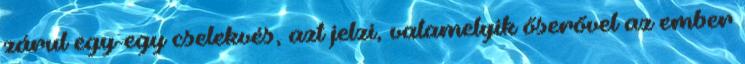
zárul egy-egy cselekvés, azt jelzi, valamelyik őserővel az ember